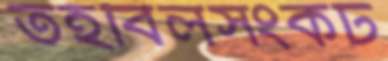
তহবিলসংকট